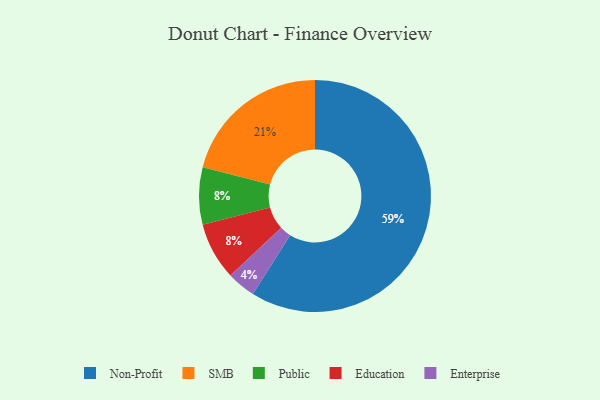
{"axis": {"x": "Category", "y": "Percentage"}, "legend": ["Education", "Enterprise", "Non-Profit", "Public", "SMB"], "data": [{"x": "Public", "y": 8, "type": "Public"}, {"x": "Non-Profit", "y": 59, "type": "Non-Profit"}, {"x": "SMB", "y": 21, "type": "SMB"}, {"x": "Education", "y": 8, "type": "Education"}, {"x": "Enterprise", "y": 4, "type": "Enterprise"}]}